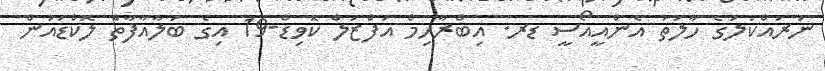
ނުރައްކަލުގެ ހާލަތު އެންއީއޯސީ ޑރ. އިބްރާހިމް އަފްޒަލް ކޮވިޑް-19 އިގެ ބަލާއާފާތް ލޮކްޑައުން